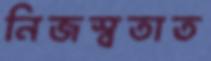
নিজস্বতাত